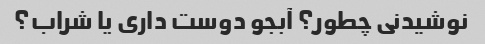
نوشیدنی چطور؟ آبجو دوست داری یا شراب؟